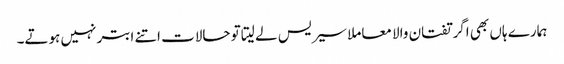
ہمارے ہاں بھی اگر تفتان والا معاملا سیریس لے لیتا تو حالات اتنے ابتر نہیں ہوتے۔